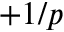
+ 1 / p